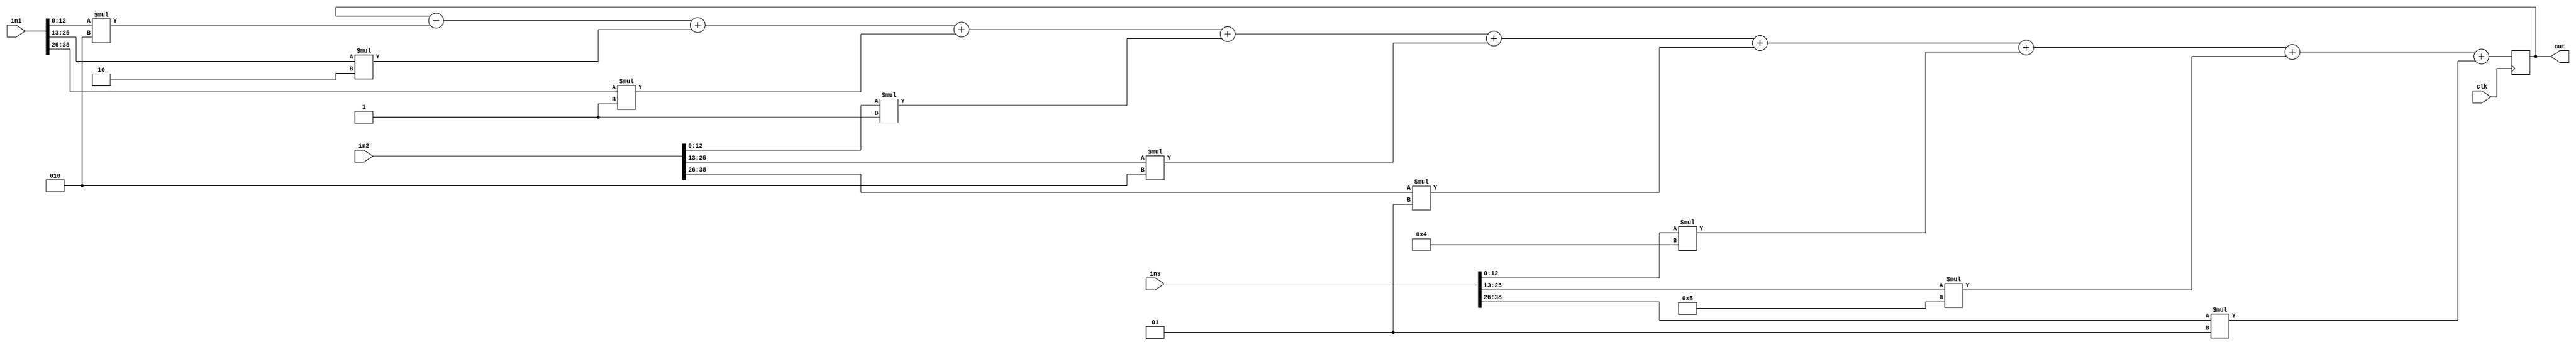
module mac(clk, in1, in2, in3, out);

  input clk;
  input [38:0] in1;
  input [38:0] in2;
  input [38:0] in3;
  //input signed [12:0] filter3x3 [0:2] [0:2];
  output reg signed [12:0] out = 12'b000000000000;

  wire signed [12:0] in [0:2] [0:2];
  wire signed [12:0] filter [0:2] [0:2];
  reg signed [12:0] mul [0:2] [0:2];
  reg signed [12:0] out_temp = 12'b000000000000;
  integer i, j;

  assign in[0][0] = in1[12:0];
  assign in[0][1] = in1[25:13];
  assign in[0][2] = in1[38:26];
  assign in[1][0] = in2[12:0];
  assign in[1][1] = in2[25:13];
  assign in[1][2] = in2[38:26];
  assign in[2][0] = in3[12:0];
  assign in[2][1] = in3[25:13];
  assign in[2][2] = in3[38:26];

  assign filter[0][0] = 2;
  assign filter[0][1] = -2;
  assign filter[0][2] = -1;
  assign filter[1][0] = -1;
  assign filter[1][1] = 2;
  assign filter[1][2] = 1;
  assign filter[2][0] = 4;
  assign filter[2][1] = 5;
  assign filter[2][2] = 1;

  always @(posedge clk) begin
    for (i=0; i<3; i=i+1) begin
      for (j=0; j<3; j=j+1) begin
        mul[i][j] = in[i][j] * filter[i][j];
        out_temp = out_temp + mul[i][j];
      end
    end
    /*for (i=0; i<3; i=i+1) begin
      for (j=0; j<3; j=j+1) begin
        #10 assign out = out + mul[i][j];
      end
    end*/
  #10 out = out_temp;
  end

/*
  always @(posedge clk) begin
    for (i=0; i<3; i=i+1) begin
      for (j=0; j<3; j=j+1) begin
        #10 out = out + mul[i][j];
      end
    end
  end*/

endmodule